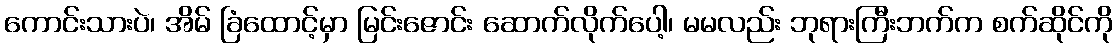
ကောင်းသားပဲ၊ အိမ် ခြံထောင့်မှာ မြင်းဇောင်း ဆောက်လိုက်ပေါ့၊ မမလည်း ဘုရားကြီးဘက်က စက်ဆိုင်ကို